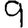
Digit: 9